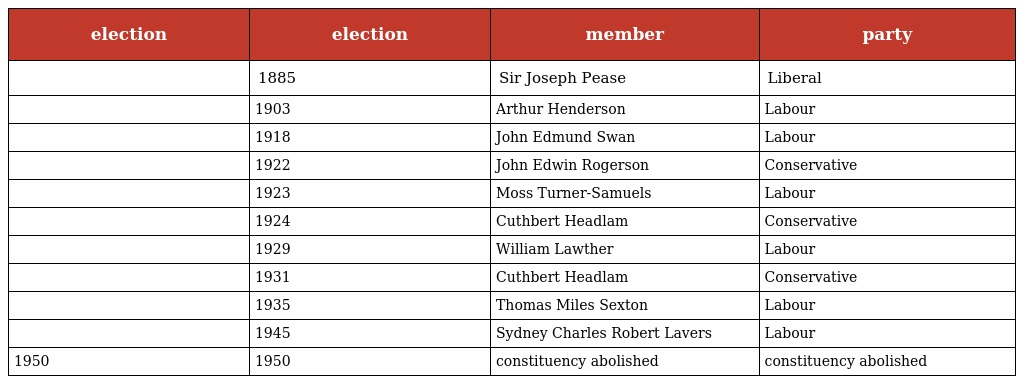
| election | election | member | party |
 | --- | --- | --- | --- |
 |  | 1885 | Sir Joseph Pease | Liberal |
 |  | 1903 | Arthur Henderson | Labour |
 |  | 1918 | John Edmund Swan | Labour |
 |  | 1922 | John Edwin Rogerson | Conservative |
 |  | 1923 | Moss Turner-Samuels | Labour |
 |  | 1924 | Cuthbert Headlam | Conservative |
 |  | 1929 | William Lawther | Labour |
 |  | 1931 | Cuthbert Headlam | Conservative |
 |  | 1935 | Thomas Miles Sexton | Labour |
 |  | 1945 | Sydney Charles Robert Lavers | Labour |
 | 1950 | 1950 | constituency abolished | constituency abolished |